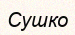
Сушко